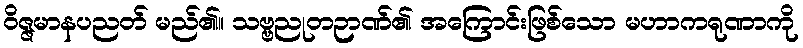
ဝိဇ္ဇမာနပညတ် မည်၏။ သဗ္ဗညုတဉာဏ်၏ အကြောင်းဖြစ်သော မဟာကရုဏာကို